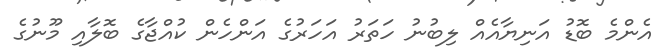
އެންމެ ބޮޑު އަނިޔާއެއް ލިބުނު ހަތަރު އަހަރުގެ އަންހެން ކުއްޖާގެ ބޮލާއި މޫނުގެ